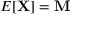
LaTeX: E [ \mathbf { X } ] = \mathbf { M }